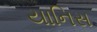
યાનિસ